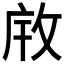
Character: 𫾯